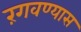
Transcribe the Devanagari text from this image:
रंगवण्यास